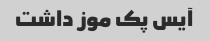
آیس پک موز داشت